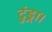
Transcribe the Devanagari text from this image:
टुंड्रा।